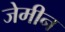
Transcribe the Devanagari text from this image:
जेमीन